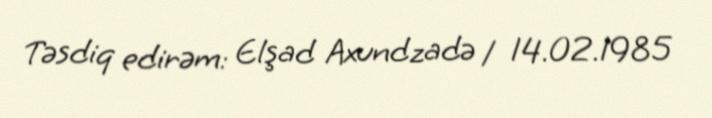
Təsdiq edirəm: Elşad Axundzadə / 14.02.1985